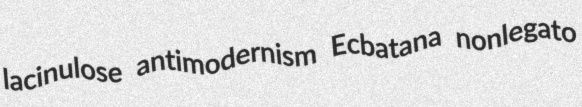
lacinulose antimodernism Ecbatana nonlegato